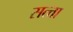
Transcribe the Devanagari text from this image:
सत्त्ता